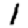
Digit: 1